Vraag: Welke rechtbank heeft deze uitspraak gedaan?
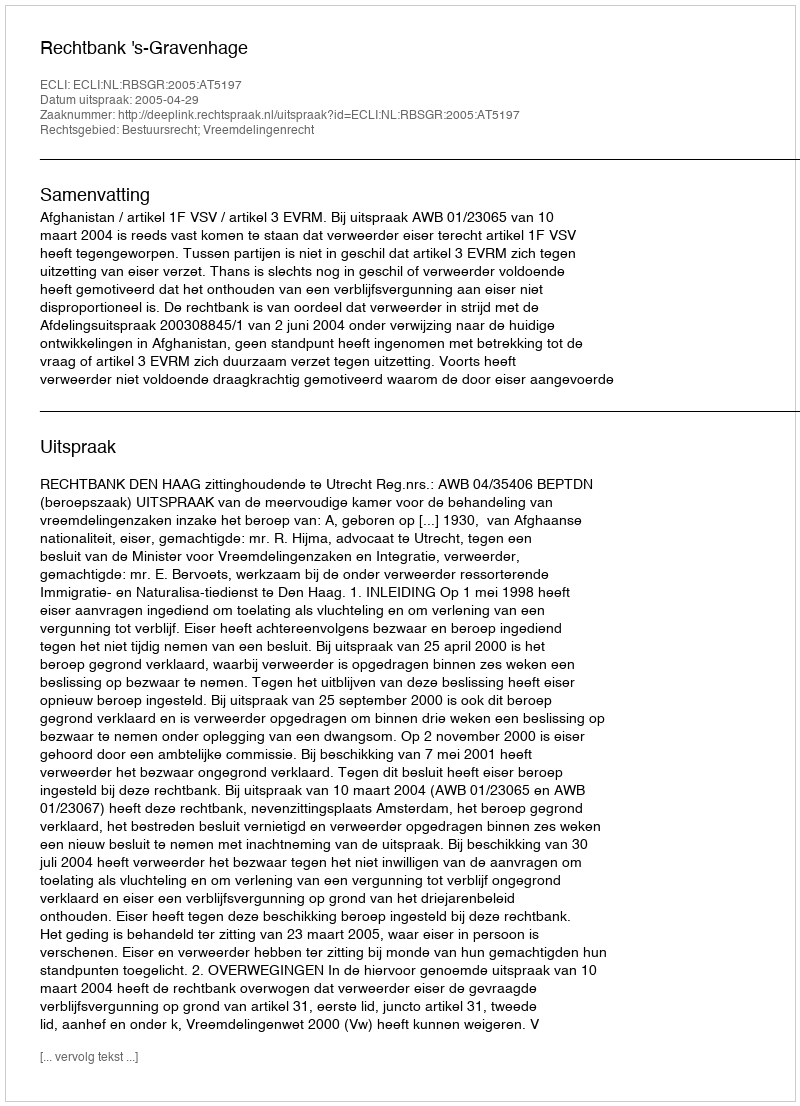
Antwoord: Rechtbank 's-Gravenhage